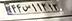
۴۴س۱۱۳۱۳